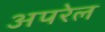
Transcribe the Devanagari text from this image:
अपरेल